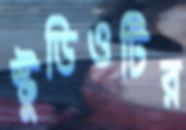
স্টুডিওটির